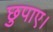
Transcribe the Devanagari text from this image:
छुपाए।